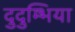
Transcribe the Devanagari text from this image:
दुदुम्भिया